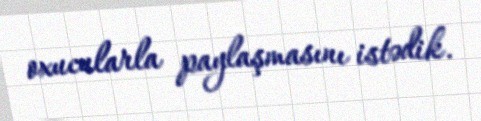
oxucularla paylaşmasını istədik.